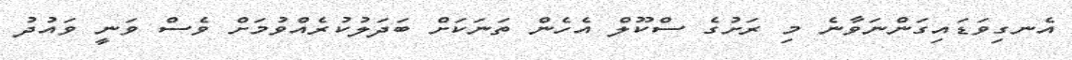
އެނގިވަޑައިގަންނަވާނެ މި ރަށުގެ ސްކޫލް އެހެން ތަނަކަށް ބަދަލުކުރެއްވުމަށް ވެސް ވަނީ ވައުދު